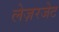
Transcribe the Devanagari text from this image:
लेज़रजेट